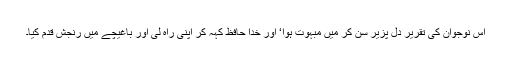
اس نوجوان کی تقریر دل پزیر سن کر میں مبہوت ہوا‘ اور خدا حافظ کہہ کر اپنی راہ لی اور باغیچے میں رنجش قدم کیا۔